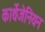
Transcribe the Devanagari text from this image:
कार्थेजेनियन